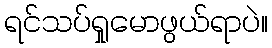
ရင်သပ်ရှုမောဖွယ်ရာပဲ။